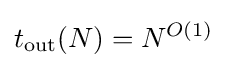
t_{\text{out}}(N)=N^{O(1)}